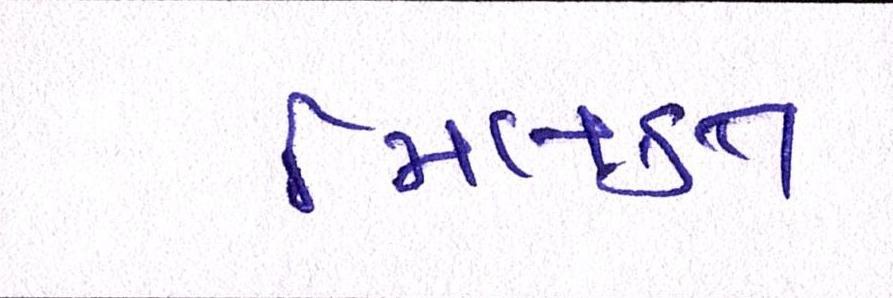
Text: મિલકત